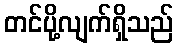
တင်ပို့လျက်ရှိသည်